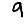
Digit: 9